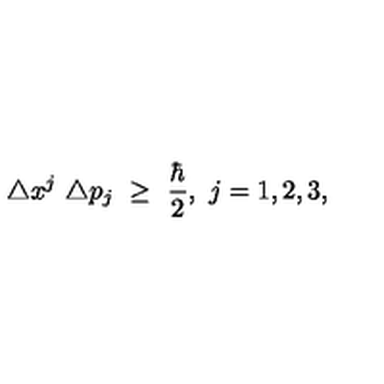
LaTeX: \triangle x ^ { j } \ \triangle p _ { j } \ \geq \ \frac { \hbar } { 2 } , \ j = 1 , 2 , 3 ,